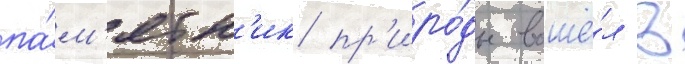
па́м'ятн'ик пр'иро́ды вошё́л в